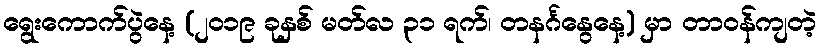
ရွေးကောက်ပွဲနေ့ (၂၀၁၉ ခုနှစ် မတ်လ ၃၁ ရက်၊ တနင်္ဂနွေနေ့) မှာ တာဝန်ကျတဲ့